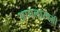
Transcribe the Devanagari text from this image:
अप्पलास्वमी